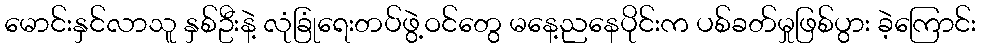
မောင်းနှင်လာသူ နှစ်ဦးနဲ့ လုံခြုံရေးတပ်ဖွဲ့ဝင်တွေ မနေ့ညနေပိုင်းက ပစ်ခတ်မှုဖြစ်ပွား ခဲ့ကြောင်း